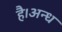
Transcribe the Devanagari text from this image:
है।अन्ध